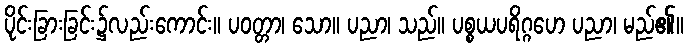
ပိုင်းခြားခြင်း၌လည်းကောင်း။ ပဝတ္တာ၊ သော။ ပညာ၊ သည်။ ပစ္စယပရိဂ္ဂဟေ ပညာ၊ မည်၏။